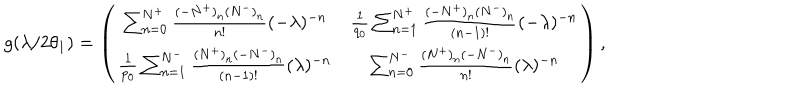
LaTeX: g ( \lambda / 2 \theta _ { 1 } ) = \left( \begin{array} { c c } { { \sum _ { n = 0 } ^ { N ^ { + } } \frac { ( - N ^ { + } ) _ { n } ( N ^ { - } ) _ { n } } { n ! } ( - \lambda ) ^ { - n } } } & { { \frac { 1 } { q _ { 0 } } \sum _ { n = 1 } ^ { N ^ { + } } \frac { ( - N ^ { + } ) _ { n } ( N ^ { - } ) _ { n } } { ( n - 1 ) ! } ( - \lambda ) ^ { - n } } } \\ { { \frac { 1 } { p _ { 0 } } \sum _ { n = 1 } ^ { N ^ { - } } \frac { ( N ^ { + } ) _ { n } ( - N ^ { - } ) _ { n } } { ( n - 1 ) ! } ( \lambda ) ^ { - n } } } & { { \sum _ { n = 0 } ^ { N ^ { - } } \frac { ( N ^ { + } ) _ { n } ( - N ^ { - } ) _ { n } } { n ! } ( \lambda ) ^ { - n } } } \\ \end{array} \right) ,